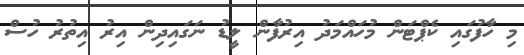
މި ހާފުގައި ކެޕްޓަން މުހައްމަދު އިރުފާން ލީޑު ނަގައިދިން އިރު އިތުރު ހުސް